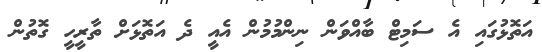
އަތޮޅުގައި އެ ސަމިޓް ބާއްވަން ނިންމުމުން އެއީ ދެ އަތޮޅަށް ތާރީހީ ގޮތުން